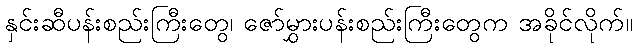
နှင်းဆီပန်းစည်းကြီးတွေ၊ ဇော်မွှားပန်းစည်းကြီးတွေက အခိုင်လိုက်။